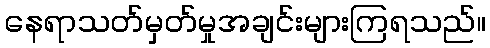
နေရာသတ်မှတ်မှုအချင်းများကြရသည်။